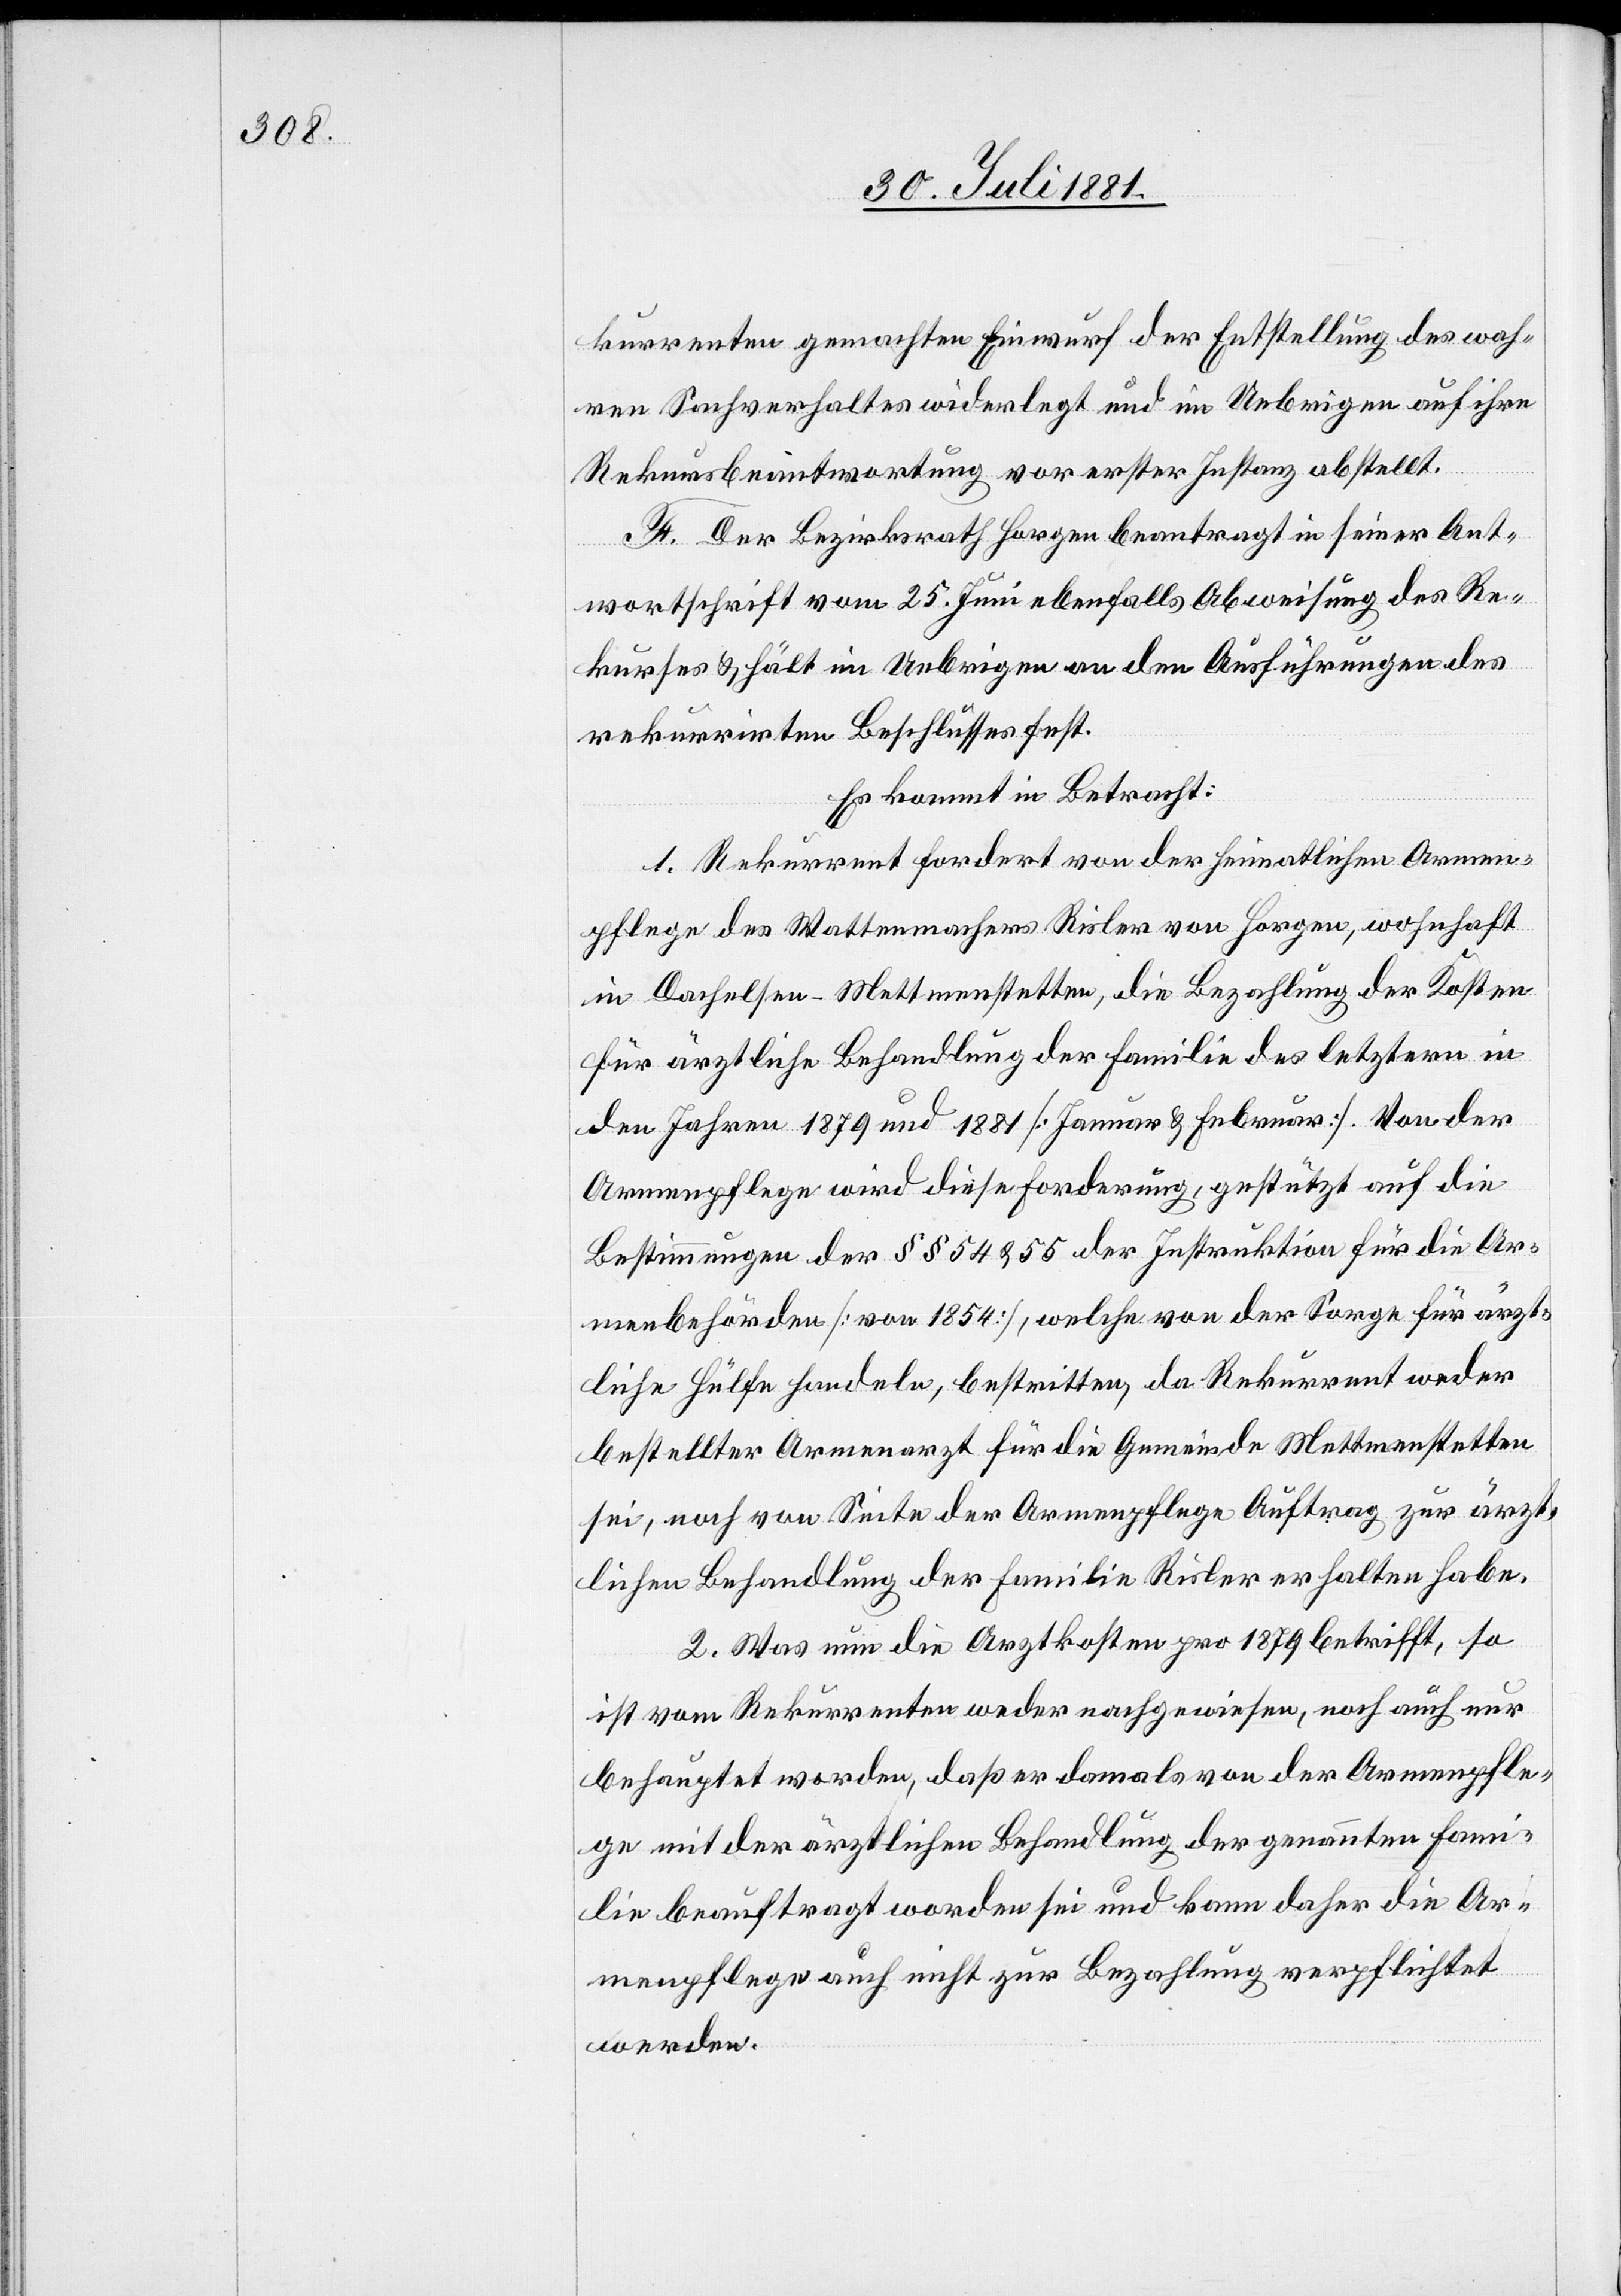
kurrenten gemachten Einwurf der Entstellung des wah¬
ren Sachverhaltes widerlegt und im Uebrigen auf ihre
Rekursbeantwortung vor erster Instanz abstellt.
F. Der Bezirksrath Horgen beantragt in seiner Ant¬
wortschrift vom 25. Juni ebenfalls Abweisung des Re¬
kurses & hält im Uebrigen an den Ausführungen des
rekurrirten Beschlusses fest.
Es kommt in Betracht:
1. Rekurrent fordert von der heimatlichen Armen¬
pflege des Wattenmachers Risler von Horgen, wohnhaft
in Dachelsen - Mettmenstetten, die Bezahlung der Kosten
für ärztliche Behandlung der Familie des letztern in
den Jahren 1879 und 1881 [Januar & Februar]. Von der
Armenpflege wird diese Forderung, gestützt auf die
Bestimmungen der §§ 54 & 55 der Instruktion für die Ar¬
menbehörden [von 1854], welche von der Sorge für ärzt¬
liche Hülfe handeln, bestritten, da Rekurrent weder
bestellter Armenarzt für die Gemeinde Mettmenstetten
sei, noch von Seite der Armenpflege Auftrag zur ärzt¬
lichen Behandlung der Familie Risler erhalten habe.
2. Was nun die Arztkosten pro 1879 betrifft, so
ist vom Rekurrenten weder nachgewiesen, noch auch nur
behauptet worde, daß er damals von der Armenpfle¬
ge mit der ärztlichen Behandlung der genannten Fami¬
lie beauftragt worden sei und kann daher die Ar¬
menpflege auch nicht zur Bezahlung verpflichtet
werden.